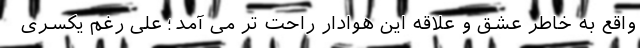
واقع به خاطر عشق و علاقه این هوادار راحت تر می آمد؛ علی رغم یکسری